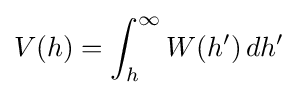
V(h)=\int _{h}^{\infty }W(h')\,dh'